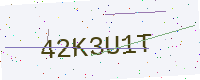
Text: 42K3U1T